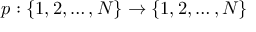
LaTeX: p : \{ 1 , 2 , \dots , N \} \to \{ 1 , 2 , \dots , N \}